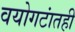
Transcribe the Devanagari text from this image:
वयोगटांतही